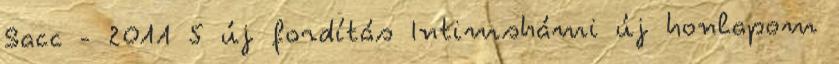
Sacc - 2011 5 új fordítás Intimshámi új honlapom